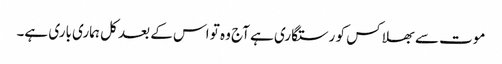
موت سے بھلا کس کو رستگاری ہے آج وہ تو اس کے بعد کل ہماری باری ہے۔